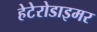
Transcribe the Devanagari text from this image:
हेटेरोडाइमर